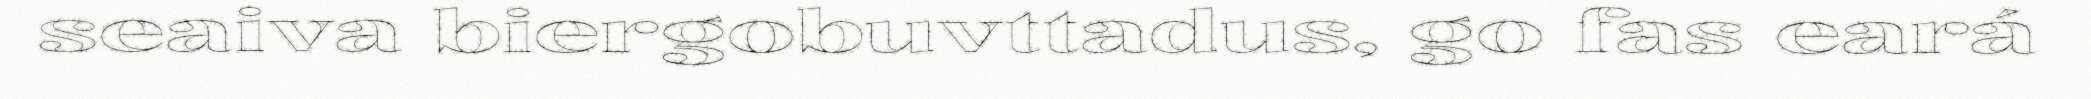
seaiva biergobuvttadus, go fas eará